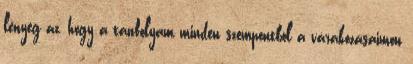
lényeg az, hogy a tanfolyam minden szempontból a várakozásaimon